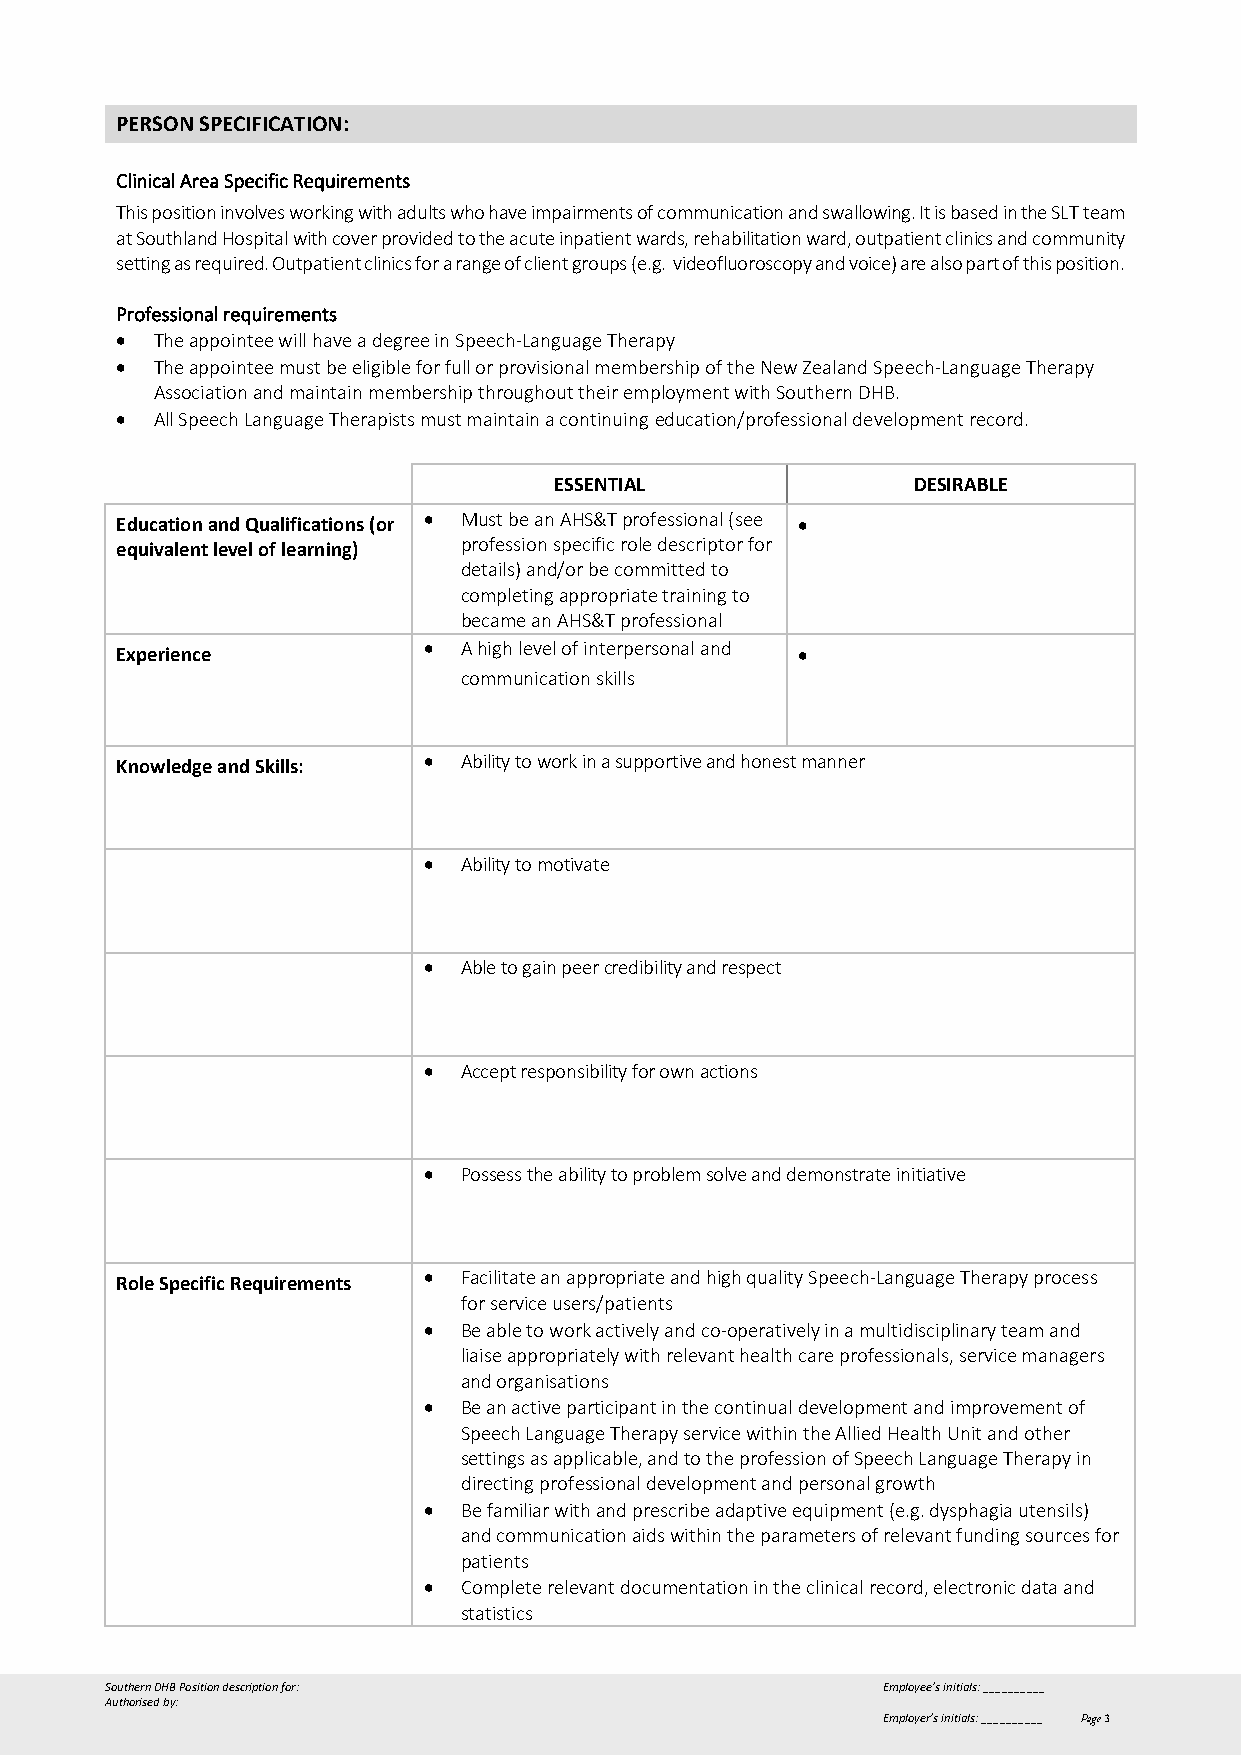
PERSON SPECIFICATION:
 Clinical Area Specific Requirements
 This position involves working with adults who have impairments of communication and swallowing. It is based in the SLT team
 at Southland Hospital with cover provided to the acute inpatient wards, rehabilitation ward, outpatient clinics and community
 setting as required. Outpatient clinics for a range of client groups (e.g. videofluoroscopy and voice) are also part of this position.
 Professional requirements
 • The appointee will have a degree in Speech-Language Therapy
 • The appointee must be eligible for full or provisional membership of the New Zealand Speech-Language Therapy
 Association and maintain membership throughout their employment with Southern DHB.
 • All Speech Language Therapists must maintain a continuing education/professional development record.
 ESSENTIAL              DESIRABLE
 Education and Qualifications (or • Must be an AHS&T professional (see •
 equivalent level of learning) profession specific role descriptor for
 details) and/or be committed to
 completing appropriate training to
 became an AHS&T professional
 Experience          •  A high level of interpersonal and •
 communication skills
 Knowledge and Skills: • Ability to work in a supportive and honest manner
 •  Ability to motivate
 •  Able to gain peer credibility and respect
 •  Accept responsibility for own actions
 •  Possess the ability to problem solve and demonstrate initiative
 Role Specific Requirements • Facilitate an appropriate and high quality Speech-Language Therapy process
 for service users/patients
 •  Be able to work actively and co-operatively in a multidisciplinary team and
 liaise appropriately with relevant health care professionals, service managers
 and organisations
 •  Be an active participant in the continual development and improvement of
 Speech Language Therapy service within the Allied Health Unit and other
 settings as applicable, and to the profession of Speech Language Therapy in
 directing professional development and personal growth
 •  Be familiar with and prescribe adaptive equipment (e.g. dysphagia utensils)
 and communication aids within the parameters of relevant funding sources for
 patients
 •  Complete relevant documentation in the clinical record, electronic data and
 statistics
 Southern DHB Position description for:             Employee’s initials: __________
 Authorised by:
 Employer’s initials: __________ Page 3